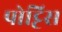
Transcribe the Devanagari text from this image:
पोट्टिस